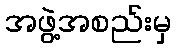
အဖွဲ့အစည်းမှ